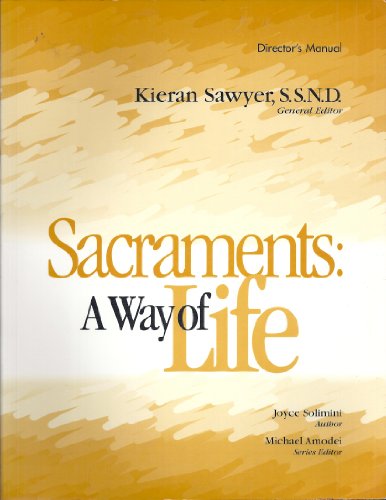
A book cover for Sacraments: A Way of Life: Director's Manual (Developing Faith); Joyce Solimini; Christian Books & Bibles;